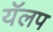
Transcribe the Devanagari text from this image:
यॅलप